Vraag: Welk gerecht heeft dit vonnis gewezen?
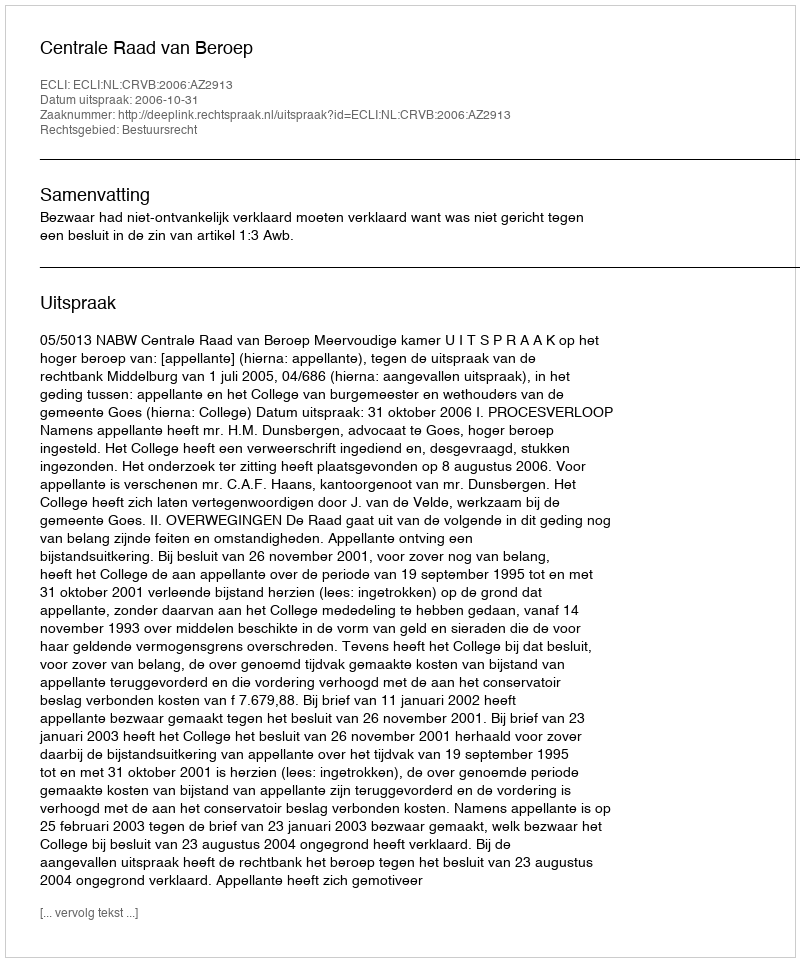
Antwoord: Centrale Raad van Beroep